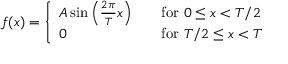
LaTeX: f ( x ) = { \left\{ \begin{array} { l l } { A \sin \left( { \frac { 2 \pi } { T } } x \right) } & { \quad { \mathrm { f o r ~ } } 0 \leq x < T / 2 } \\ { 0 } & { \quad { \mathrm { f o r ~ } } T / 2 \leq x < T } \end{array} \right. }